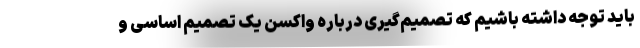
باید توجه داشته باشیم که تصمیم‌گیری درباره واکسن یک تصمیم اساسی و